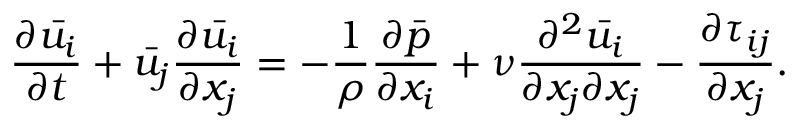
{ \frac { \partial { \bar { u _ { i } } } } { \partial t } } + { \bar { u _ { j } } } { \frac { \partial { \bar { u _ { i } } } } { \partial x _ { j } } } = - { \frac { 1 } { \rho } } { \frac { \partial { \bar { p } } } { \partial x _ { i } } } + \nu { \frac { \partial ^ { 2 } { \bar { u _ { i } } } } { \partial x _ { j } \partial x _ { j } } } - { \frac { \partial \tau _ { i j } } { \partial x _ { j } } } .